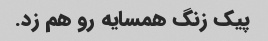
پیک زنگ همسایه رو هم زد.